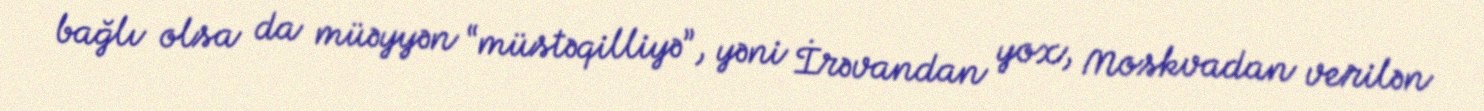
bağlı olsa da müəyyən “müstəqilliyə”, yəni İrəvandan yox, Moskvadan verilən